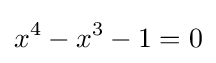
x^{4}-x^{3}-1=0